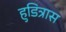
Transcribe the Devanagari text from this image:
हुडित्रास